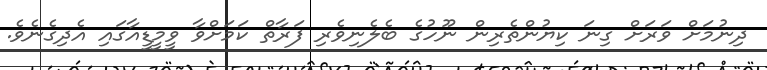
ދިނުމަށް ވަރަށް ގިނަ ކިޔުންތެރިން ނޫހުގެ ބެލެނިވެރި ފަރާތް ކަމަށްވާ ވީމީޑީއާގައި އެދިގެނެވެ.